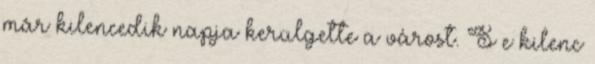
már kilencedik napja kerülgette a várost. S e kilenc